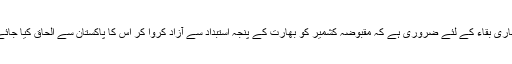
ہماری بقاء کے لئے ضروری ہے کہ مقبوضہ کشمیر کو بھارت کے پنجۂ استبداد سے آزاد کروا کر اس کا پاکستان سے الحاق کیا جائے۔